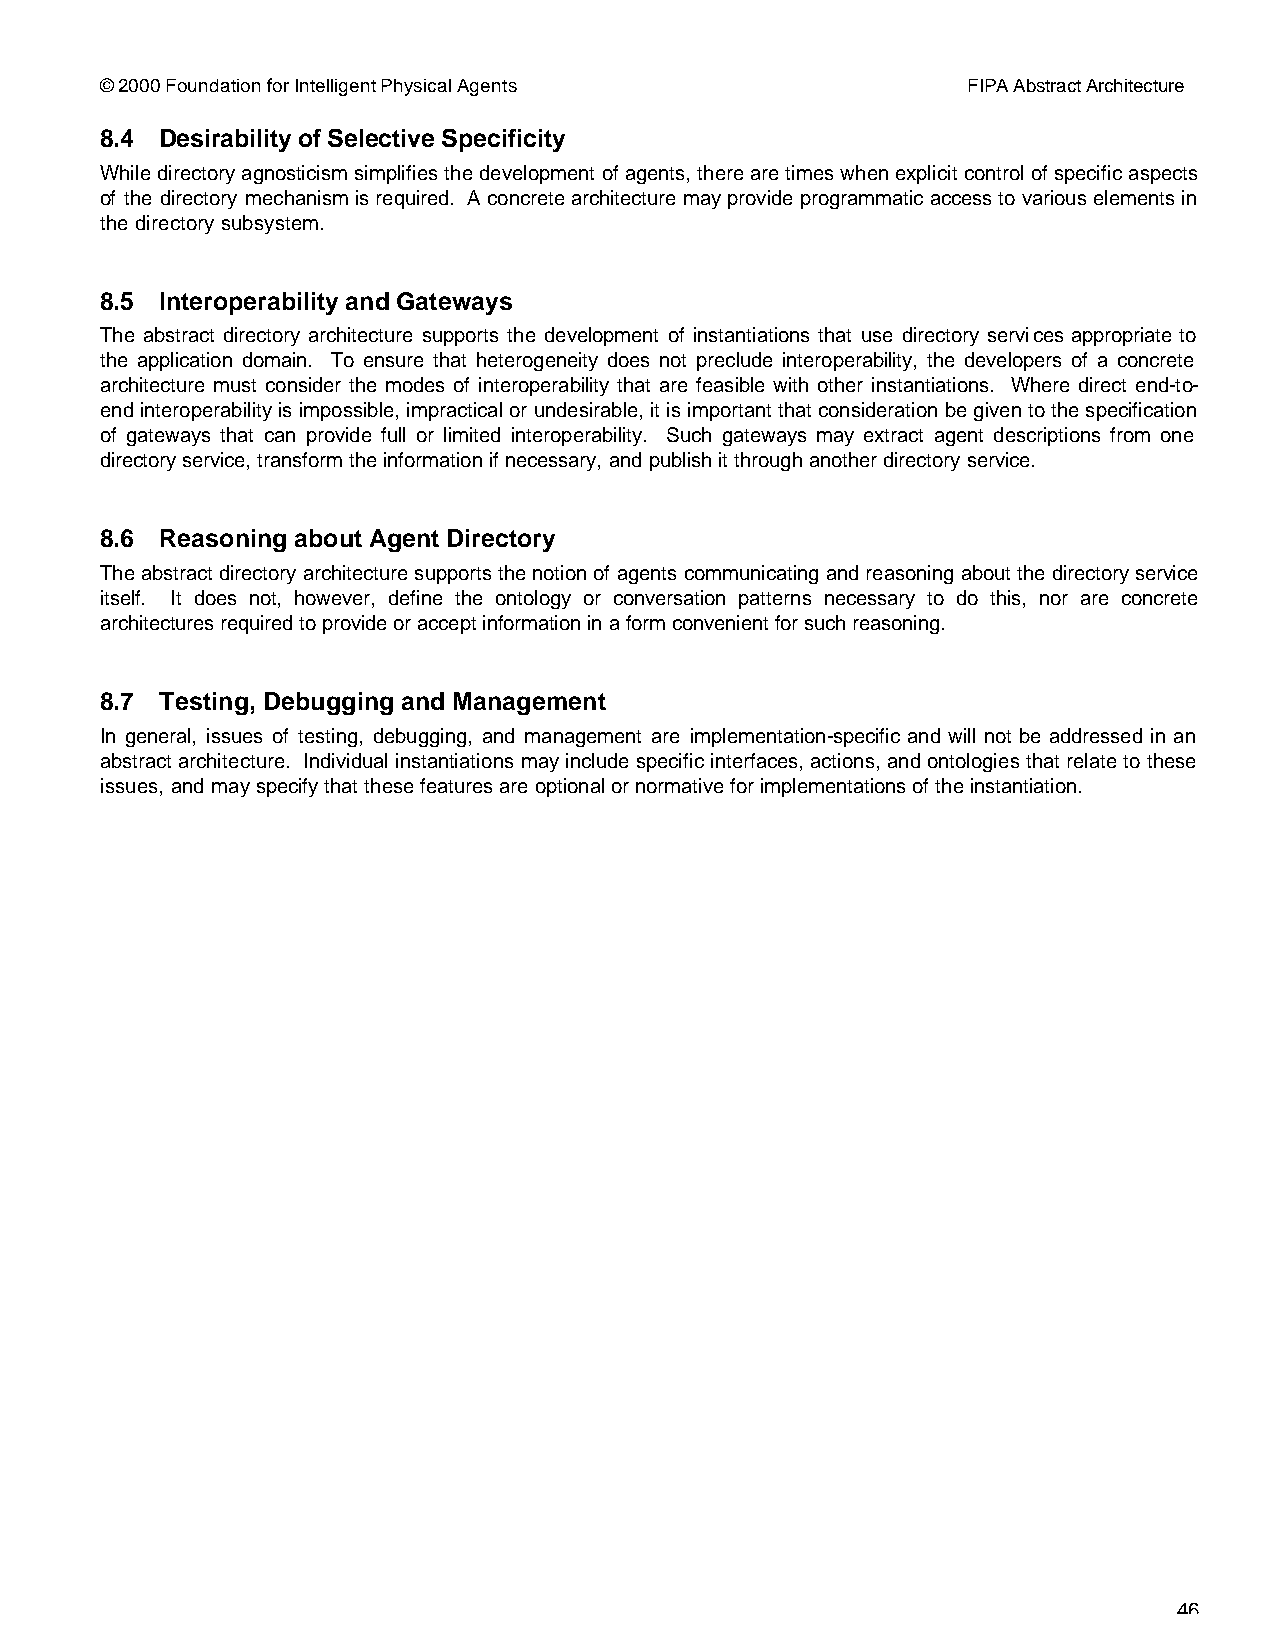
© 2000 Foundation for Intelligent Physical Agents        FIPA Abstract Architecture
 8.4 Desirability of Selective Specificity
 While directory agnosticism simplifies the development of agents, there are times when explicit control of specific aspects
 of the directory mechanism is required. A concrete architecture may provide programmatic access to various elements in
 the directory subsystem.
 8.5 Interoperability and Gateways
 The abstract directory architecture supports the development of instantiations that use directory services appropriate to
 the application domain. To ensure that heterogeneity does not preclude interoperability, the developers of a concrete
 architecture must consider the modes of interoperability that are feasible with other instantiations. Where direct end-to-
 end interoperability is impossible, impractical or undesirable, it is important that consideration be given to the specification
 of gateways that can provide full or limited interoperability. Such gateways may extract agent descriptions from one
 directory service, transform the information if necessary, and publish it through another directory service.
 8.6 Reasoning about Agent Directory
 The abstract directory architecture supports the notion of agents communicating and reasoning about the directory service
 itself. It does not, however, define the ontology or conversation patterns necessary to do this, nor are concrete
 architectures required to provide or accept information in a form convenient for such reasoning.
 8.7 Testing, Debugging and Management
 In general, issues of testing, debugging, and management are implementation-specific and will not be addressed in an
 abstract architecture. Individual instantiations may include specific interfaces, actions, and ontologies that relate to these
 issues, and may specify that these features are optional or normative for implementations of the instantiation.
 46